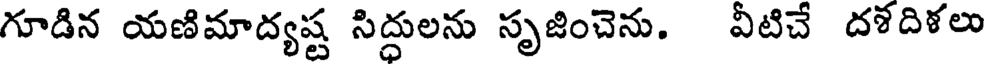
గూడిన యణిమాద్యష్ట సిద్ధులను సృజించెను. వీటిచే దళదిళలు